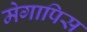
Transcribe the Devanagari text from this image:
मेगापिस